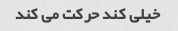
خیلی کند حرکت می کند